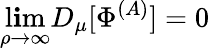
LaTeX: \operatorname*{l\mathbf{i}m}_{\rho\to\infty}D_{\mu}[\Phi^{(A)}]=0